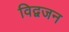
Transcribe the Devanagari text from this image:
विद्वजन